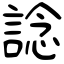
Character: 諗